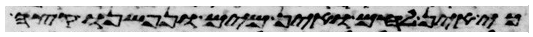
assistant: כי אין לחם ואין מים ונפשנו קצה